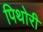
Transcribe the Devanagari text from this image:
पिथोरी